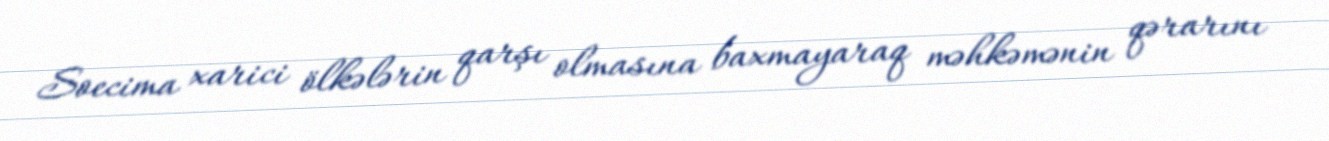
Soecima xarici ölkələrin qarşı olmasına baxmayaraq məhkəmənin qərarını